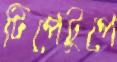
টিপেটুপে